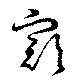
豁